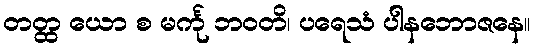
တတ္ထ ယော စ မင်္ကု ဘဝတိ၊ ပရေသံ ပါနဘောဇနေ။